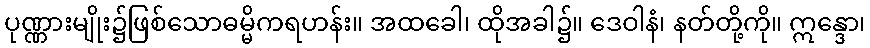
ပုဏ္ဏားမျိုး၌ဖြစ်သောဓမ္မိကရဟန်း။ အထခေါ၊ ထိုအခါ၌။ ဒေဝါနံ၊ နတ်တို့ကို။ ဣန္ဒော၊